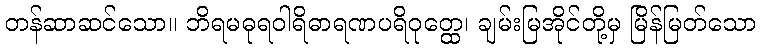
တန်ဆာဆင်သော။ ဘိရမဓုရဝါရိဓာရဏပရိဝုတ္ထေ၊ ချမ်းမြအိုင်တို့မှ မြိန်မြတ်သော